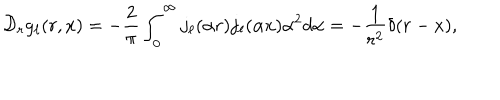
{ \cal D } _ { r } g _ { \ell } ( r , x ) = - \frac { 2 } { \pi } \int _ { 0 } ^ { \infty } j _ { \ell } ( { \alpha } r ) j _ { \ell } ( { \alpha } x ) { \alpha } ^ { 2 } d { \alpha } = - \frac { 1 } { r ^ { 2 } } { \delta } ( r - x ) ,